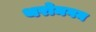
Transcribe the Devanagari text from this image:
थरोमगम